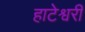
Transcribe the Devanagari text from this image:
हाटेश्वरी